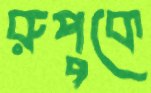
রুপুকে